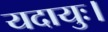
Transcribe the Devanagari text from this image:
यदायुः।